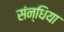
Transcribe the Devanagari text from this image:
संन्धिया